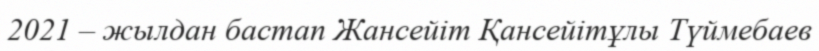
2021 – жылдан бастап Жансейіт Қансейітұлы Түймебаев